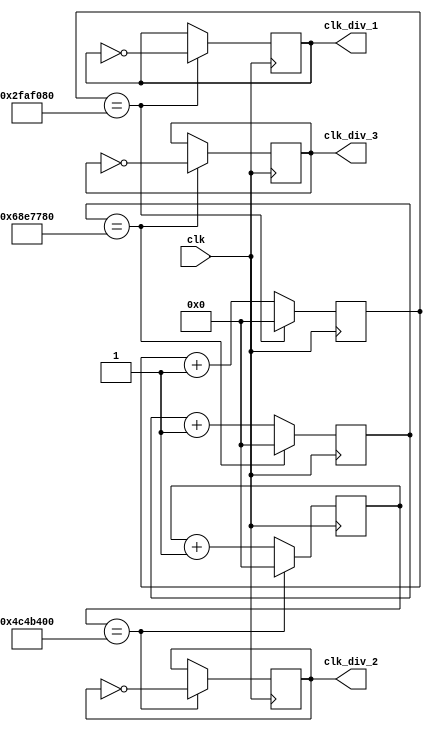
module clk_divider(
    input clk,
    output reg clk_div_1,
    output reg clk_div_2,
    output reg clk_div_3
);
parameter n = 28;
reg [n-1:0] count_1, count_2, count_3;
wire [n-1:0] next_count_1, next_count_2, next_count_3;

initial begin
    clk_div_1 = 0;
    clk_div_2 = 0;
    clk_div_3 = 0;

    count_1 = 0;
    count_2 = 0;
    count_3 = 0;
end

assign next_count_1 = count_1 + 1;
assign next_count_2 = count_2 + 1;
assign next_count_3 = count_3 + 1;

always @(posedge clk) begin
    if(count_1 == 50000000) begin
        clk_div_1 <= ~clk_div_1;
        count_1 <= 0;
    end else
        count_1 <= next_count_1;
end
always @(posedge clk) begin
    if(count_2 == 80000000) begin
        clk_div_2 <= ~clk_div_2;
        count_2 <= 0;
    end else
        count_2 <= next_count_2;
end
always @(posedge clk) begin
    if(count_3 == 110000000) begin
        clk_div_3 <= ~clk_div_3;
        count_3 <= 0;
    end else
        count_3 <= next_count_3;
end
endmodule